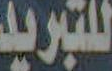
للتبريد